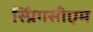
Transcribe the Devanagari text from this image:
स्प्रिंगसीएम